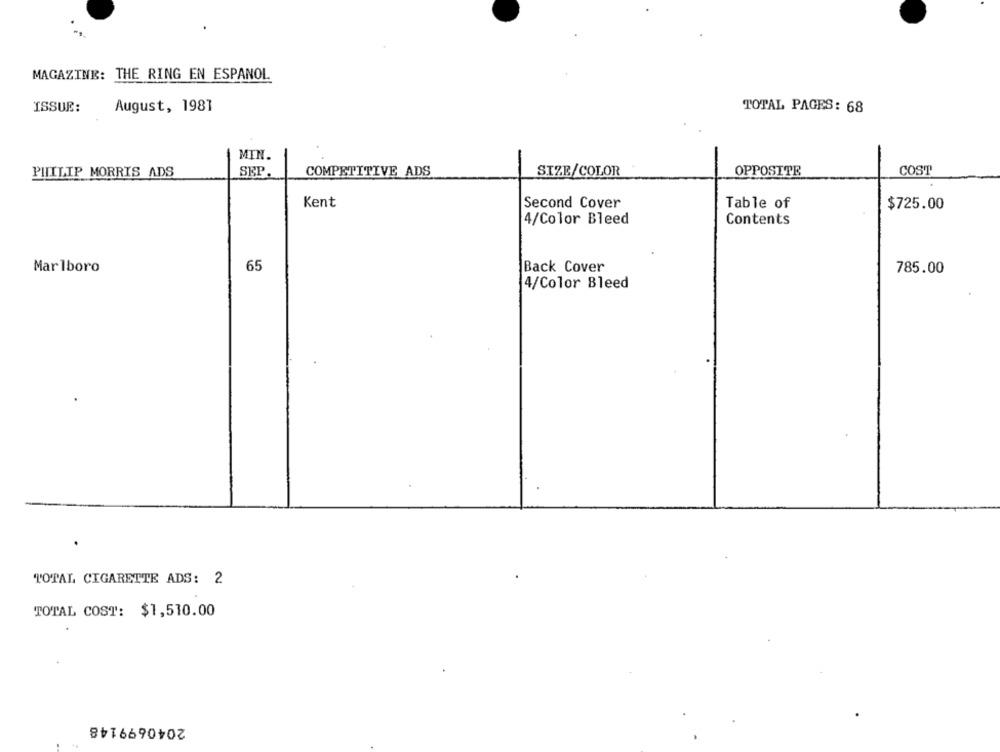
MAGAZINE: THE RING EN ESPANOL
ISSUE:
August, 1981
TOTAL PAGES: 68
MIN.
PHILIP MORRIS ADS
SEP
COMPETITIVE ADS
SIZE/COLOR
OPPOSITE
COST
Kent
Second Cover
Table of
$725.00
4/Color Bleed
Contents
Marlboro
65
Back Cover
785.00
4/Color Bleed
TOTAL CIGARETTE ADS: 2
TOTAL COST: $1,510.00
2040699148